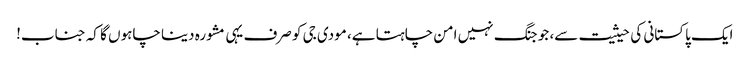
ایک پاکستانی کی حیثیت سے، جو جنگ نہیں امن چاہتا ہے، مودی جی کو صرف یہی مشورہ دینا چاہوں گا کہ جناب!